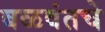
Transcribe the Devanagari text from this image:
बळवंतचे